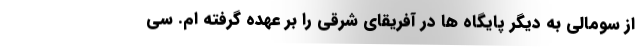
از سومالی به دیگر پایگاه ها در آفریقای شرقی را بر عهده گرفته ام. سی